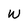
Character: W